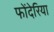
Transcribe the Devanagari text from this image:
फोंदेरिया